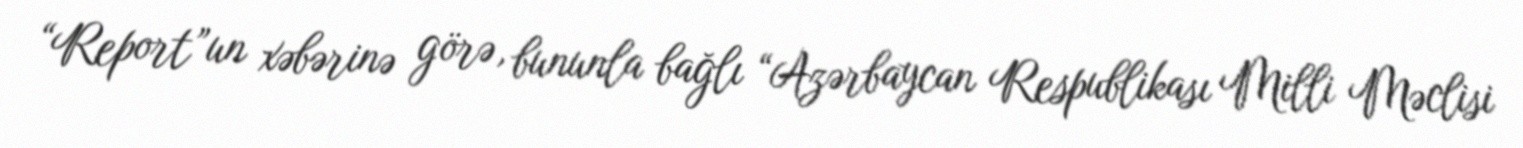
“Report”un xəbərinə görə, bununla bağlı “Azərbaycan Respublikası Milli Məclisi